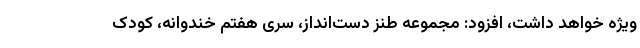
ویژه خواهد داشت، افزود: مجموعه طنز دست‌انداز، سری هفتم خندوانه، کودک